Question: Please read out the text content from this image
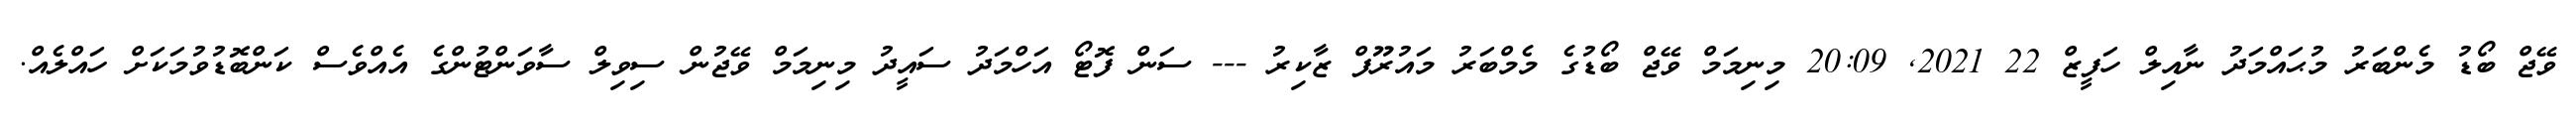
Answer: ވޭޖް ބޯޑު މެންބަރު މުޙައްމަދު ނާއިލް ހަފީޒް 22 2021, 20:09 މިނިމަމް ވޭޖް ބޯޑުގެ މެމްބަރު މައުރޫފް ޒާކިރު --- ސަން ފޮޓޯ އަހްމަދު ސައީދު މިނިމަމް ވޭޖުން ސިވިލް ސާވަންޓުންގެ އެއްވެސް ކަންބޮޑުވުމަކަށް ހައްލެއް.